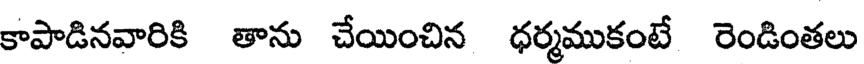
కాపాడినవారికి తాను చేయించిన ధర్మముకంటే రెండింతలు